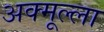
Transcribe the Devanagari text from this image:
अक्मूल्ला